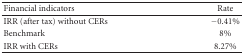
| Financial indicators | Rate |
 | --- | --- |
 | IRR (after tax) without CERs | −0.41% |
 | Benchmark | 8% |
 | IRR with CERs | 8.27% |